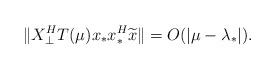
LaTeX: \begin{align*}\|X_{\bot}^{H}T(\mu)x_{*}x_{*}^{H}\widetilde{x}\|=O(|\mu-\lambda_{*}|).\end{align*}